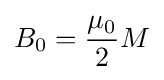
B_{0}={\frac {\mu _{0}}{2}}M